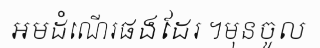
អមដំណើរផងដែរ ។មុនចូល